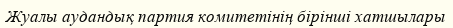
Жуалы аудандық партия комитетінің бірінші хатшылары